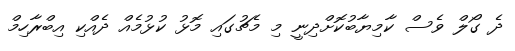
ދެ ގޯލް ވެސް ކާމިޔާބުކޮށްދިނީ މި މެޗުގައި މޮޅު ކުޅުމެއް ދެއްކި އިބްރާހިމް